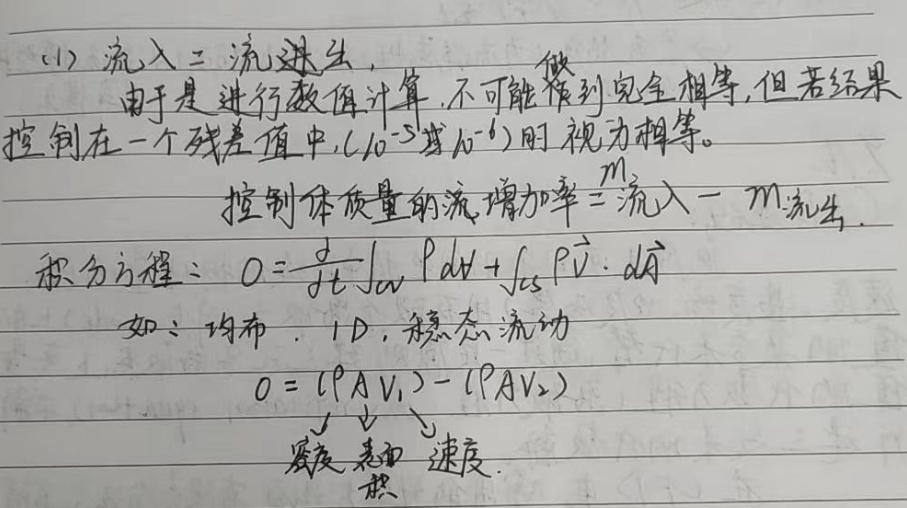
(1) 流入 = 流出，由于是进行数值计算，不可能做到完全相等，但若结果控制在一个残差值中 \((10^{-5}\text{或}10^{-6})\) 时视为相等。控制体质量的流增加率 \(=\) 流入 \( - m_{\text{流出}}\)。

积分方程：\(0=\frac{d}{dt}\int_{V} \rho dV+\int_{CS} \rho\vec{V}\cdot d\vec{A}\)

如：均布，1D，稳态流动\(0 = (\rho A V_1)-(\rho A V_2)\)

\(\underbrace{ \rho }_{\text{密度}} \underbrace{ A}_{\text{表面积}} \underbrace{V}_{\text{速度}}\)